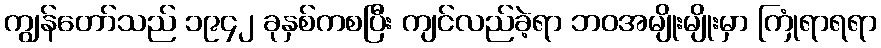
ကျွန်တော်သည် ၁၉၄၂ ခုနှစ်ကစပြီး ကျင်လည်ခဲ့ရာ ဘဝအမျိုးမျိုးမှာ ကြုံရာရရာ